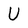
Character: U